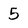
Character: 5